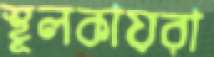
স্থূলকায়রা